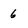
Character: 6